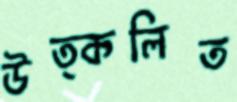
উত্কলিত